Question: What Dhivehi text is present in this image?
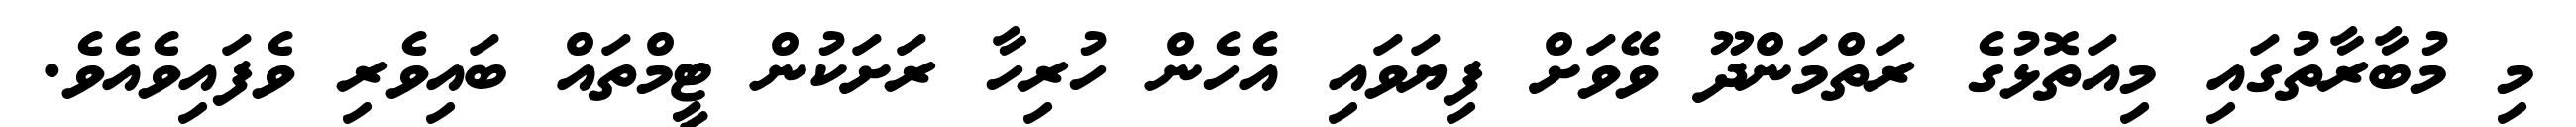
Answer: މި މުބާރާތުގައި މިއަތޮޅުގެ ރަތްމަންދޫ ވޭވަށް ފިޔަވައި އެހެން ހުރިހާ ރަށަކުން ޓީމްތައް ބައިވެރި ވެފައިވެއެވެ.